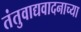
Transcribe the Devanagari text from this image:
तंतुवाद्यवादनाच्या